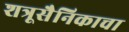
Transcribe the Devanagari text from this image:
शत्रूसैनिकाचा